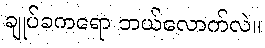
ချုပ်ခကရော ဘယ်လောက်လဲ။